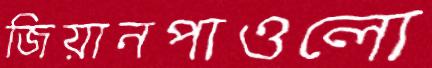
জিয়ানপাওলো